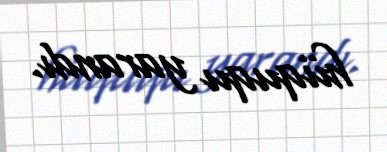
hüququ yarandı.